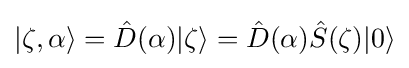
|\zeta ,\alpha \rangle ={\hat {D}}(\alpha )|\zeta \rangle ={\hat {D}}(\alpha ){\hat {S}}(\zeta )|0\rangle